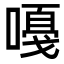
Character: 嘠